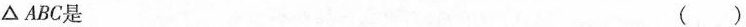
△ABC是 ()